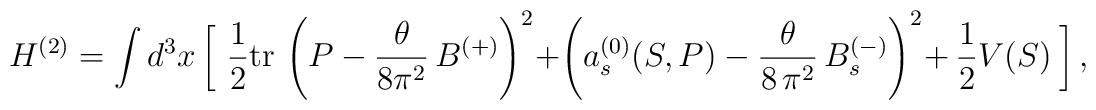
H^{(2)} =\int d^3{x}\,\biggl[\,\, \frac{1}{2}\mbox{tr}\,\left(P - \frac{\theta}{8 \pi^2}\, B^{(+)}\right)^2+\left(a_s^{(0)}(S, P) - \frac{\theta}{8\, \pi^2}\, B^{(-)}_s\right)^2 + \,\frac{1}{2} V(S) \ \biggr]\,,